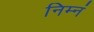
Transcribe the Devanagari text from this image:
निम्नं